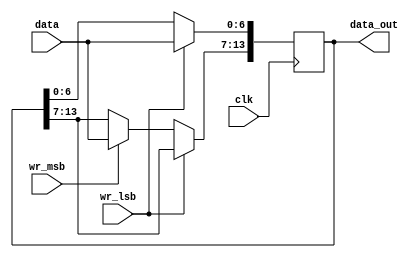
module reg14(clk, wr_lsb, wr_msb, data, data_out);

input wire clk;
input wire [6:0] data;
input wire wr_lsb, wr_msb;
output reg [13:0] data_out;

initial begin
	data_out <= 7'd0;
end

always @ (posedge clk) begin
	if (wr_lsb==1) begin
		data_out[6:0] <= data;
	end else if (wr_msb==1) begin
		data_out[13:7] <= data;
	end
end

endmodule